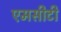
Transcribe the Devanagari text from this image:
एमसीटी